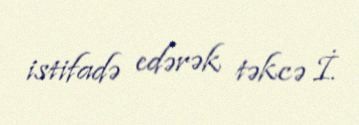
istifadə edərək təkcə İ.